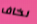
نخاف